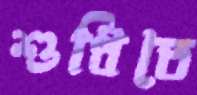
শুধিতে